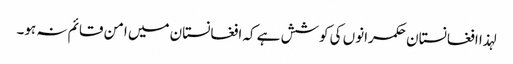
لہذا افغانستان حکمرانوں کی کوشش ہے کہ افغانستان میں امن قائم نہ ہو۔